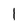
Character: l